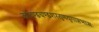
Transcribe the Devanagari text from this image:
कोदण्डचण्डशरतूणयुगाप्तभासः